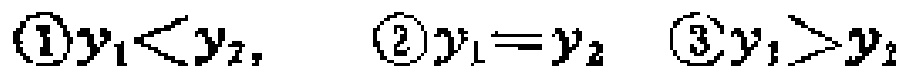
\textcircled{1}$y_{1}<y_{2}$, \textcircled{2}$y_{1}=y_{2}$ \textcircled{3}$y_{1}>y_{2}$